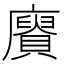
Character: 𮚥